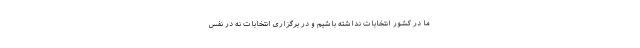
ما در کشور انتخابات نداشته باشیم و در برگزاری انتخابات نه در نفس